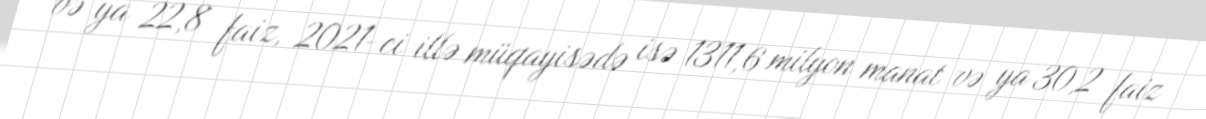
və ya 22,8 faiz, 2021-ci illə müqayisədə isə 1311,6 milyon manat və ya 30,2 faiz